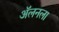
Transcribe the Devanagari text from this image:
अॅलनला